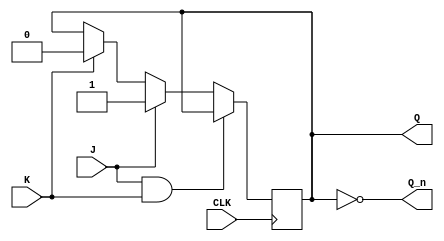
module JK_flip_flop (
    input J, K, CLK,
    output reg Q,
    output reg Q_n
);

reg state;

always @(posedge CLK) begin
    if (J && K) begin
        state <= state;
    end else if (J) begin
        state <= 1'b1;
    end else if (K) begin
        state <= 1'b0;
    end else begin
        state <= state;
    end
end

assign Q = state;
assign Q_n = ~state;

endmodule